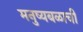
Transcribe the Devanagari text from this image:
मनुष्यबळाची